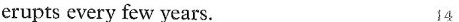
erupts every few years. 14